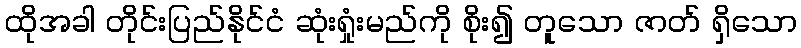
ထိုအခါ တိုင်းပြည်နိုင်ငံ ဆုံးရှုံးမည်ကို စိုး၍ တူသော ဇာတ် ရှိသော